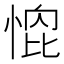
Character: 𭝰